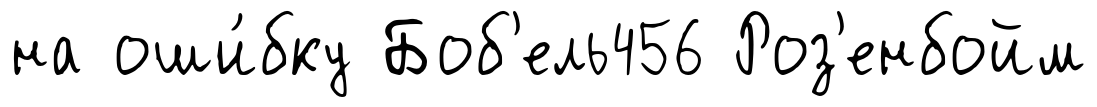
на оши́бку Боб'ель456 Роз'енбойм